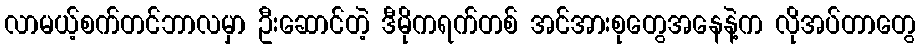
လာမယ့်စက်တင်ဘာလမှာ ဦးဆောင်တဲ့ ဒီမိုကရက်တစ် အင်အားစုတွေအနေနဲ့က လိုအပ်တာတွေ